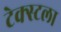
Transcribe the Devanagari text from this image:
टेक्स्टला